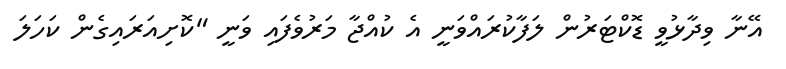
އޭނާ ވިދާޅުވީ ޑޮކްޓަރުން ލަފާކުރައްވަނީ އެ ކުއްޖާ މަރުވެފައި ވަނީ "ކޮށިއަރައިގެން ކަހަލަ